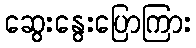
ဆွေးနွေးပြောကြား